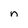
Character: n